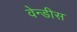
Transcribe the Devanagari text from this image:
वेन्डीस